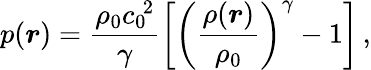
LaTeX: p(\boldsymbol{r})=\frac{\rho_{0}{c_{0}}^{\! 2}}{\gamma}\left[\left(\frac{\rho(\boldsymbol{r})}{\rho_{0}}\right)^{\gamma}-1\right]\, ,